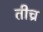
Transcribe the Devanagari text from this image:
तीच्र